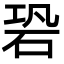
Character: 䂬